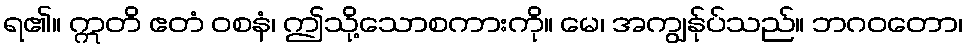
ရ၏။ ဣတိ ဧတံ ဝစနံ၊ ဤသို့သောစကားကို။ မေ၊ အကျွန်ုပ်သည်။ ဘဂဝတော၊